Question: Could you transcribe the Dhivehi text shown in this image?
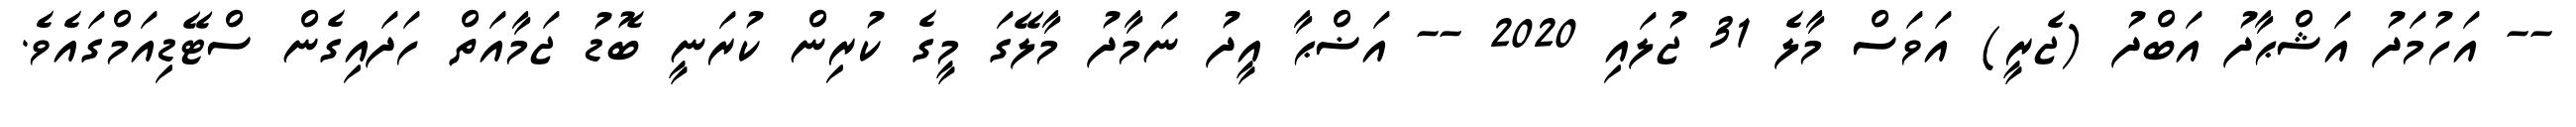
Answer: -- އަހުމަދު އަޝްޙާދު އަބްދު (ޖެރީ) އަވަސް މާލެ 31 ޖުލައި 2020 -- އަޟްޙާ އީދު ނަމާދު މާލޭގަ މީގެ ކުރިން ކުރަނީ ބޮޑު ޖަމާއަތް ހަދައިގެން ސްޓޭޑިއަމްގައެވެ.